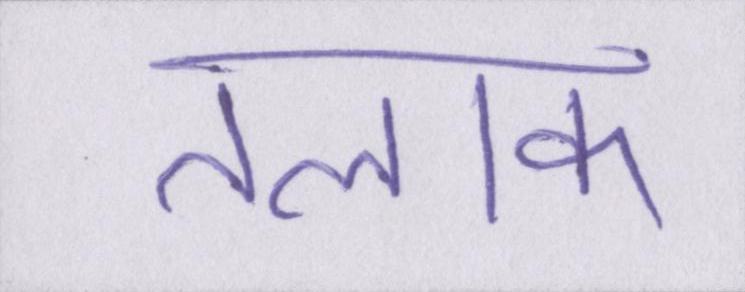
तलाक